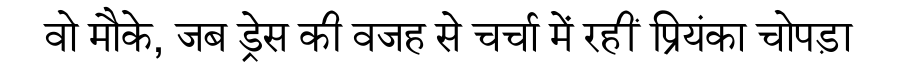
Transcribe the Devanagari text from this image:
वो मौके, जब ड्रेस की वजह से चर्चा में रहीं प्रियंका चोपड़ा